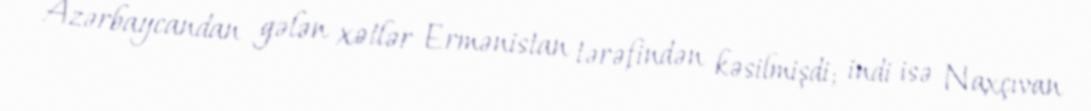
Azərbaycandan gələn xətlər Ermənistan tərəfindən kəsilmişdi; indi isə Naxçıvan